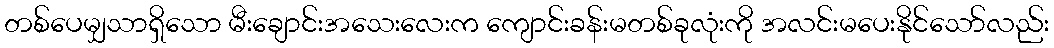
တစ်ပေမျှသာရှိသော မီးချောင်းအသေးလေးက ကျောင်းခန်းမတစ်ခုလုံးကို အလင်းမပေးနိုင်သော်လည်း